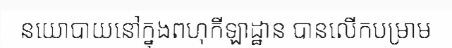
នយោបាយនៅក្នុងពហុកីឡាដ្ឋាន បានលើកបម្រាម